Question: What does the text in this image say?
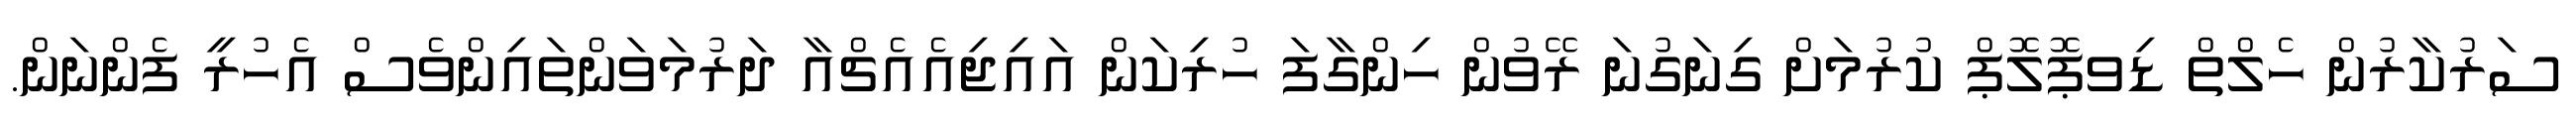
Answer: ސަރުކާރުން ހެލްތް ޑިވޕޮލޮޕް ކުރުމަށް ގިނަގުނަ ރޭވުން ހިންގާފަ ހުރިކަން އައިޖިއެއެޗްއާ ދަރުމަވަންތައިންވެސް އެހުރީ ފެންނަން.